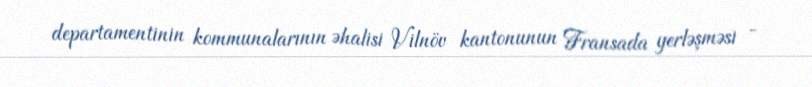
departamentinin kommunalarının əhalisi Vilnöv kantonunun Fransada yerləşməsi -